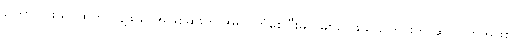
ကြောက်ဖွယ်၊ ထိတ်လန့်ဖွယ် အဖြစ်ဆိုးကို အရင်ကြုံစေပြီးမှ ဝမ်းသာဖွယ်သတင်းကို ဆုလာဘ်အဖြစ်